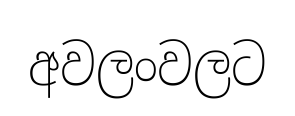
අවලංවලට